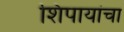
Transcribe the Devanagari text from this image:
शिपायांचा